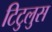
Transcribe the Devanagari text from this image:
टिटुलुस